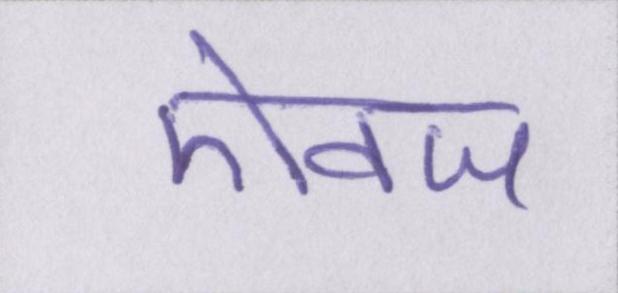
ऐवज